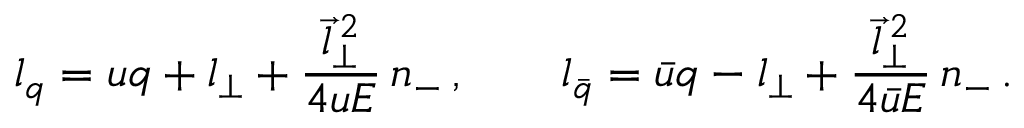
l _ { q } = u q + l _ { \perp } + \frac { \vec { l } _ { \perp } ^ { \, 2 } } { 4 u E } \, n _ { - } \, , \qquad l _ { \bar { q } } = \bar { u } q - l _ { \perp } + \frac { \vec { l } _ { \perp } ^ { \, 2 } } { 4 \bar { u } E } \, n _ { - } \, .